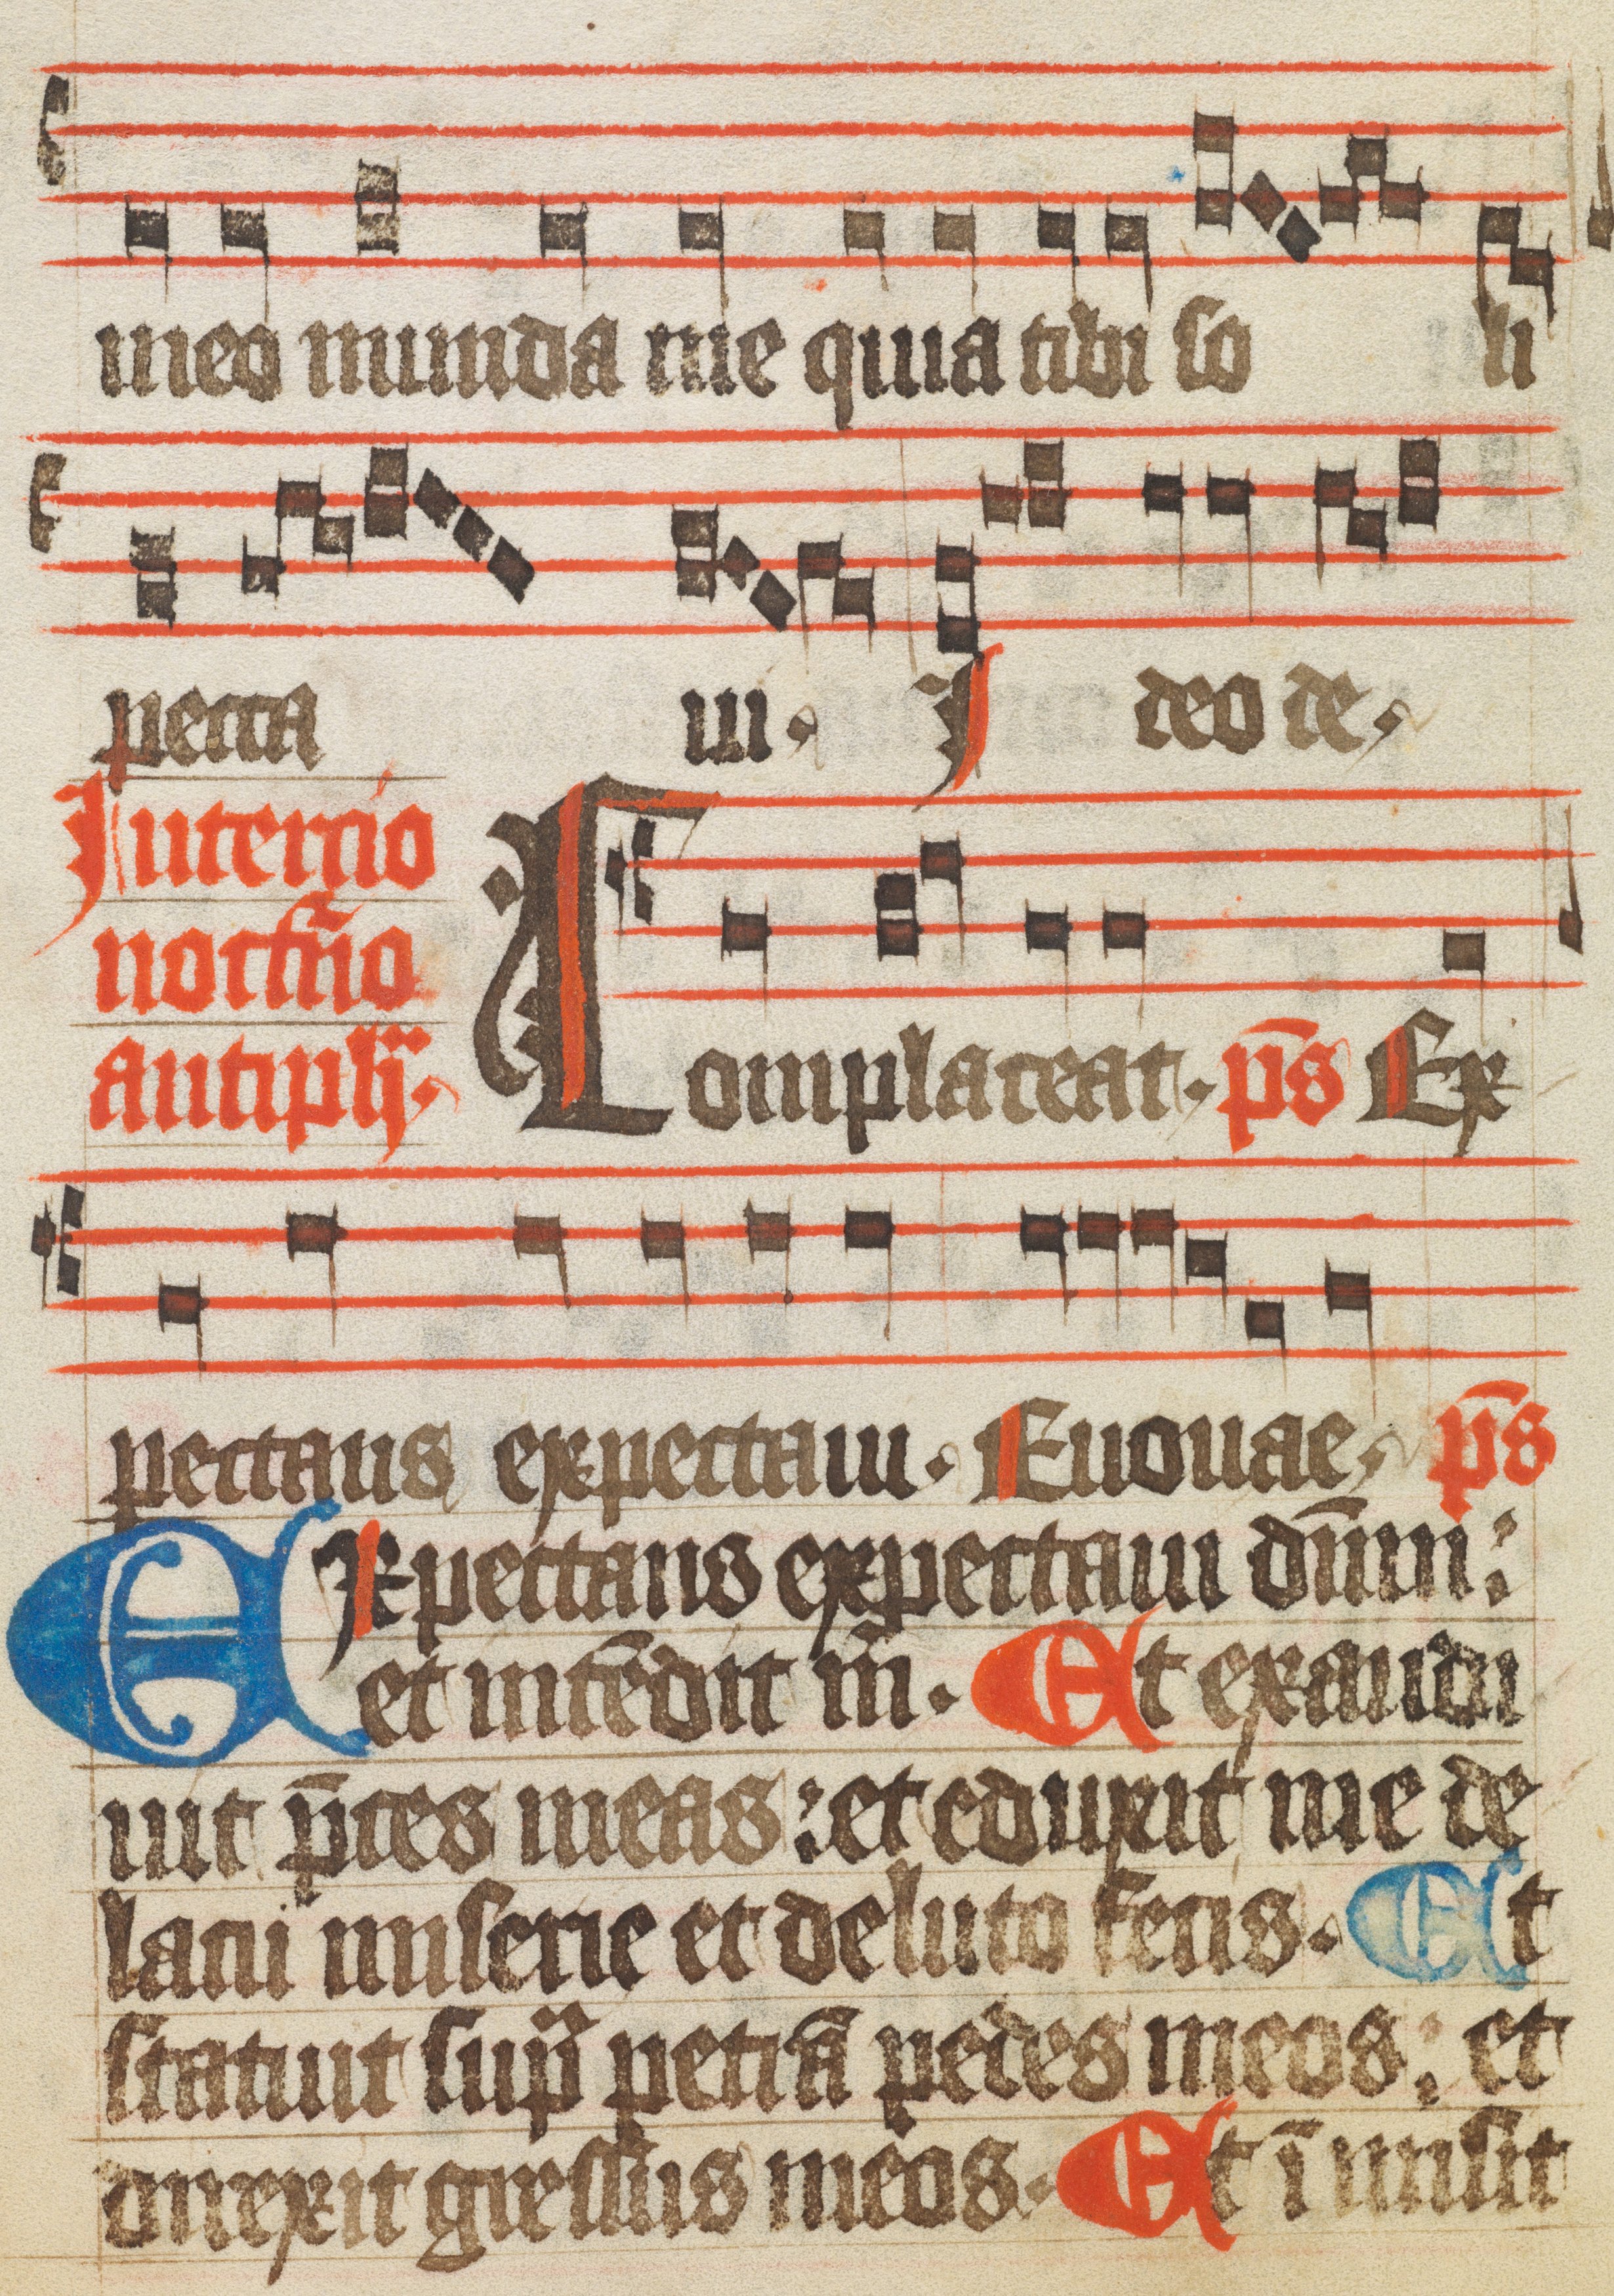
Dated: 1400–1449